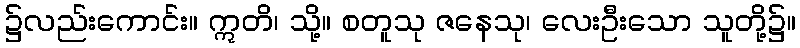
၌လည်းကောင်း။ ဣတိ၊ သို့။ စတူသု ဇနေသု၊ လေးဦးသော သူတို့၌။